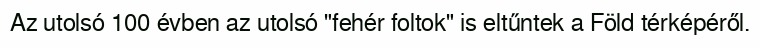
Az utolsó 100 évben az utolsó "fehér foltok" is eltűntek a Föld térképéről.